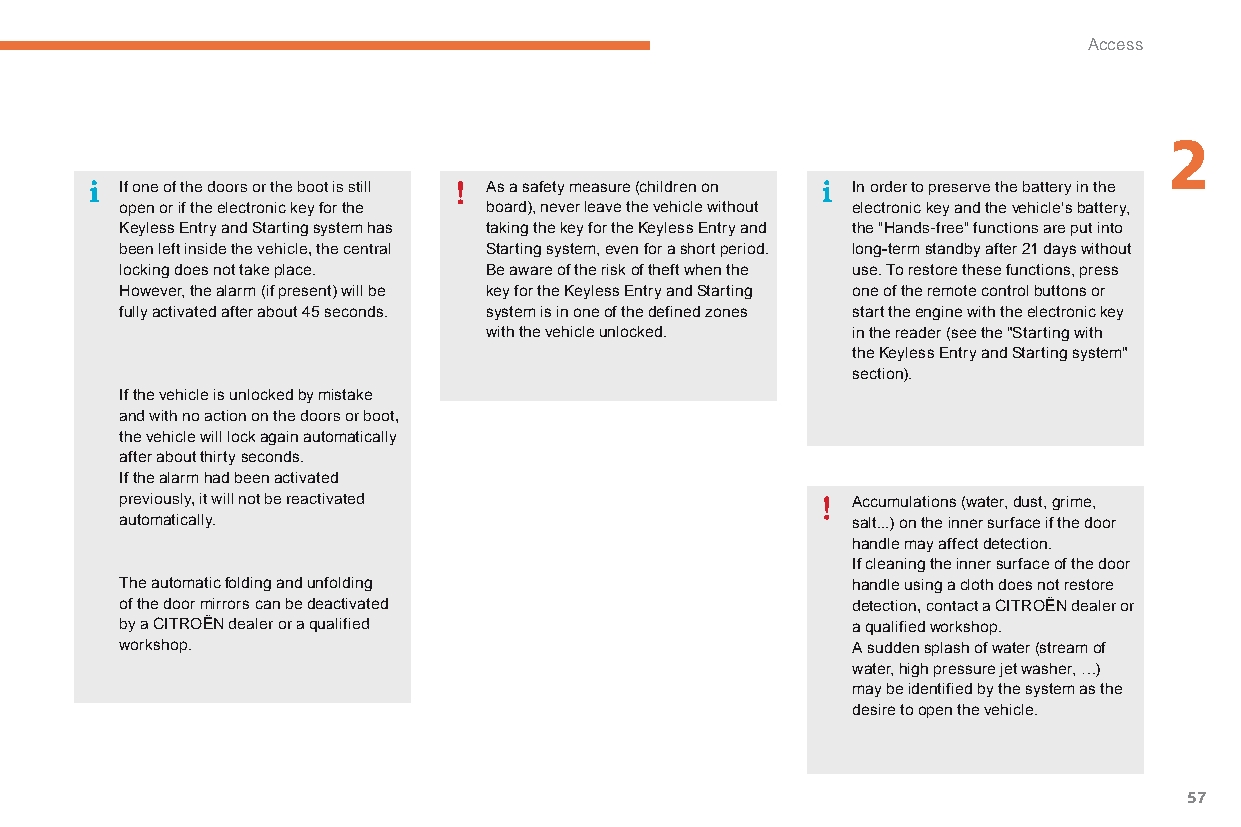
Access
 2
 If one of the doors or the boot is still As a safety measure (children on In order to preserve the battery in the
 open or if the electronic key for the board), never leave the vehicle without electronic key and the vehicle's battery,
 Keyless Entry and Starting system has taking the key for the Keyless Entry and the "Hands-free" functions are put into
 been left inside the vehicle, the central Starting system, even for a short period. long-term standby after 21 days without
 locking does not take place. Be aware of the risk of theft when the use. To restore these functions, press
 However, the alarm (if present) will be key for the Keyless Entry and Starting one of the remote control buttons or
 fully activated after about 45 seconds. system is in one of the defined zones start the engine with the electronic key
 with the vehicle unlocked. in the reader (see the "Starting with
 the Keyless Entry and Starting system"
 section).
 If the vehicle is unlocked by mistake
 and with no action on the doors or boot,
 the vehicle will lock again automatically
 after about thirty seconds.
 If the alarm had been activated
 previously, it will not be reactivated          Accumulations (water, dust, grime,
 automatically.                                  salt...) on the inner surface if the door
 handle may affect detection.
 If cleaning the inner surface of the door
 The automatic folding and unfolding             handle using a cloth does not restore
 of the door mirrors can be deactivated          detection, contact a CITRoËn dealer or
 by a CITRoËn dealer or a qualified              a qualified workshop.
 workshop.                                       A sudden splash of water (stream of
 water, high pressure jet washer, …)
 may be identified by the system as the
 desire to open the vehicle.
 57
 C4-Picasso-II_en_Chap02_ouvertures_ed01-2015